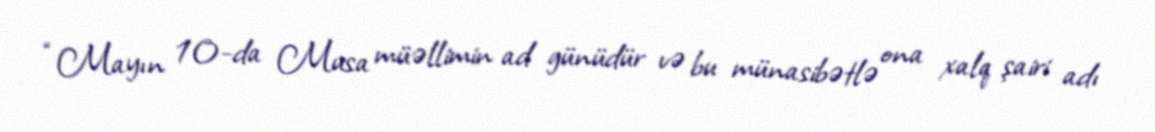
“Mayın 10-da Musa müəllimin ad günüdür və bu münasibətlə ona xalq şairi adı